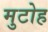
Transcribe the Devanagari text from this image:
मुटोह